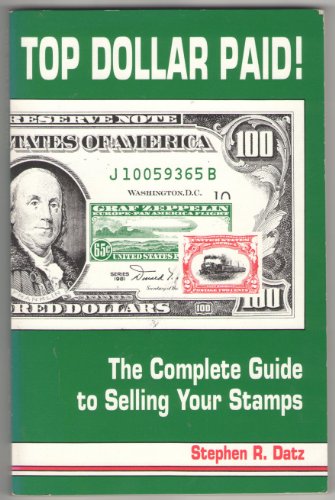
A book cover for Top Dollar Paid!: The Complete Guide to Selling Your Stamps; Stephen R. Datz; Crafts, Hobbies & Home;